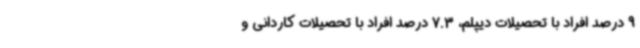
9 درصد افراد با تحصیلات دیپلم، 7.3 درصد افراد با تحصیلات کاردانی و